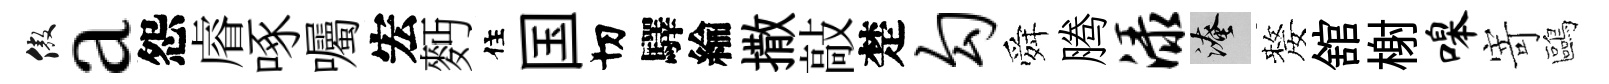
傲a怨𥈠啄囑宏麪住国切驛綸撒敲楚勾舜腾渌淹嫠舘榭嗥寄鷗